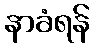
နာခံရန်